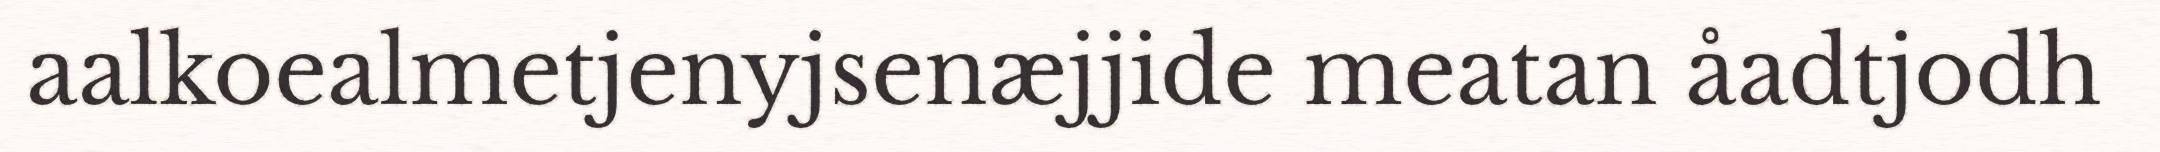
aalkoealmetjenyjsenæjjide meatan åadtjodh